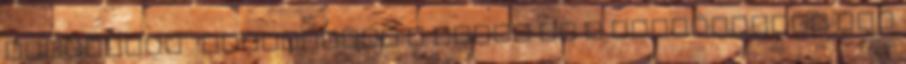
rögzíteni . Amennyiben a kapus és a rúgójátékos egy